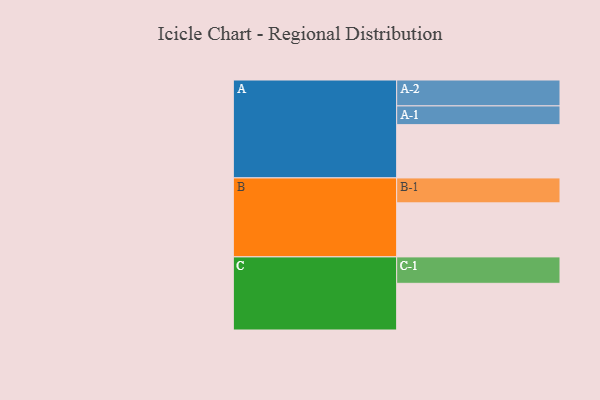
{"axis": {"x": "Segment", "y": "Value"}, "legend": ["", "A", "B", "C"], "data": [{"x": "A", "y": 500, "type": ""}, {"x": "B", "y": 507, "type": ""}, {"x": "C", "y": 438, "type": ""}, {"x": "A-1", "y": 176, "type": "A"}, {"x": "A-2", "y": 243, "type": "A"}, {"x": "B-1", "y": 234, "type": "B"}, {"x": "C-1", "y": 248, "type": "C"}]}